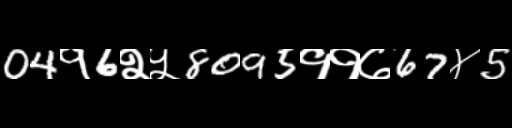
Text: 04१6२५8095११७67४5